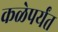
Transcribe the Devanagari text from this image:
कळेपर्यंत